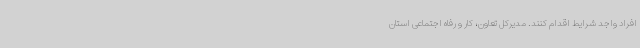
افراد واجد شرایط اقدام کنند. مدیرکل تعاون، کار و رفاه اجتماعی استان